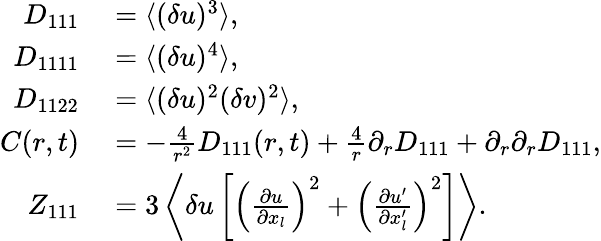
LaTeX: \begin{array}{rl}{D_{111}}&{{}=\langle{(\delta u)^{3}}\rangle,}\\ {D_{1111}}&{{}=\langle{(\delta u)^{4}}\rangle,}\\ {D_{1122}}&{{}=\langle{(\delta u)^{2}(\delta v)^{2}}\rangle,}\\ {C(r,t)}&{{}=-\frac{4}{r^{2}}D_{111}(r,t)+\frac{4}{r}\partial_{r}D_{111}+\partial_{r}\partial_{r}D_{111},}\\ {Z_{111}}&{{}=3\left\langle{\delta u\left[\left(\frac{\partial u}{\partial x_{l}}\right)^{2}+\left(\frac{\partial u^{\prime}}{\partial x_{l}^{\prime}}\right)^{2}\right]}\right\rangle.}\end{array}